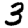
Digit: 3